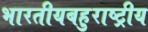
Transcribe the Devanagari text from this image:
भारतीयबहुराष्ट्रीय